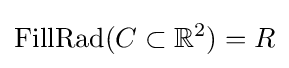
\mathrm {FillRad} (C\subset \mathbb {R} ^{2})=R